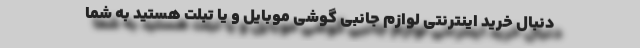
دنبال خرید اینترنتی لوازم جانبی گوشی موبایل و یا تبلت هستید به شما